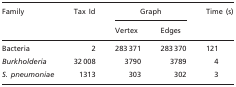
<table><thead><tr><td rowspan="2"><b>Family</b></td><td rowspan="2"><b>Tax Id</b></td><td colspan="2"><b>Graph</b></td><td rowspan="2"><b>Time (s)</b></td></tr><tr><td><b>Vertex</b></td><td><b>Edges</b></td></tr></thead><tbody><tr><td>Bacteria</td><td>2</td><td>283 371</td><td>283 370</td><td>121</td></tr><tr><td><i>Burkholderia</i></td><td>32 008</td><td>3790</td><td>3789</td><td>4</td></tr><tr><td><i>S. pneumoniae</i></td><td>1313</td><td>303</td><td>302</td><td>3</td></tr></tbody></table>